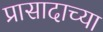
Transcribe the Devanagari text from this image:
प्रासादाच्या